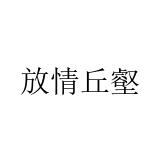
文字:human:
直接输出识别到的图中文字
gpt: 放情丘壑